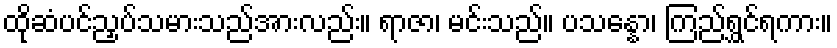
ထိုဆံပင်ညှပ်သမားသည်အားလည်း။ ရာဇာ၊ မင်းသည်။ ပသန္နော၊ ကြည်ရွှင်ရကား။